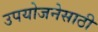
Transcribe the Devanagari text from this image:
उपयोजनेसाठी